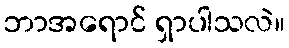
ဘာအရောင် ရှာပါသလဲ။